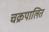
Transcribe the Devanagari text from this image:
चक्रपालित